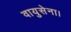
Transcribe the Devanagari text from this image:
वायुसेना।